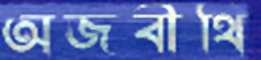
অজবীথি